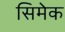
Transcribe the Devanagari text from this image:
सिमेक